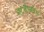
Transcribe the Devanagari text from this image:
भटजीजवळ